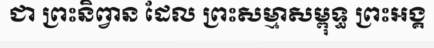
ជា ព្រះនិព្វាន ដែល ព្រះសម្មាសម្ពុទ្ធ ព្រះអង្គ